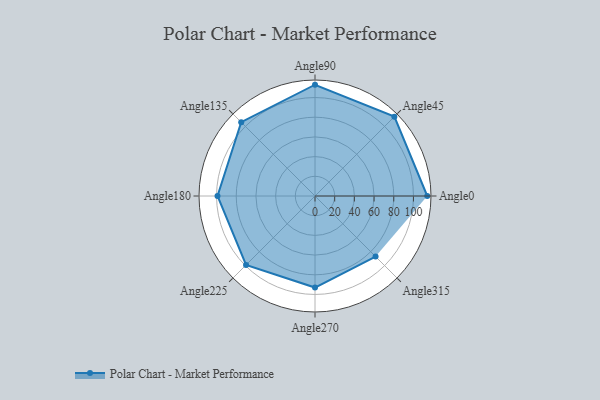
{"axis": {"x": "Angle", "y": "Radius"}, "legend": [""], "data": [{"x": "Angle0", "y": 114.0, "type": ""}, {"x": "Angle45", "y": 114.0, "type": ""}, {"x": "Angle90", "y": 113.0, "type": ""}, {"x": "Angle135", "y": 106.0, "type": ""}, {"x": "Angle180", "y": 99.0, "type": ""}, {"x": "Angle225", "y": 99.0, "type": ""}, {"x": "Angle270", "y": 93.0, "type": ""}, {"x": "Angle315", "y": 87.0, "type": ""}]}